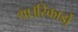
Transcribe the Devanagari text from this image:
था।रिकार्डो